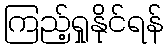
ကြည့်ရှုနိုင်ရန်